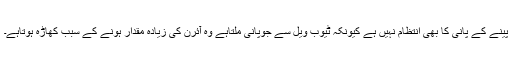
پینے کے پانی کا بھی انتظام نہیں ہے کیونکہ ٹیوب ویل سے جوپانی ملتاہے وہ آئرن کی زیادہ مقدار ہونے کے سبب کھاڑہ ہوتاہے۔